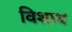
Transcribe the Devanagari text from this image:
विशाध